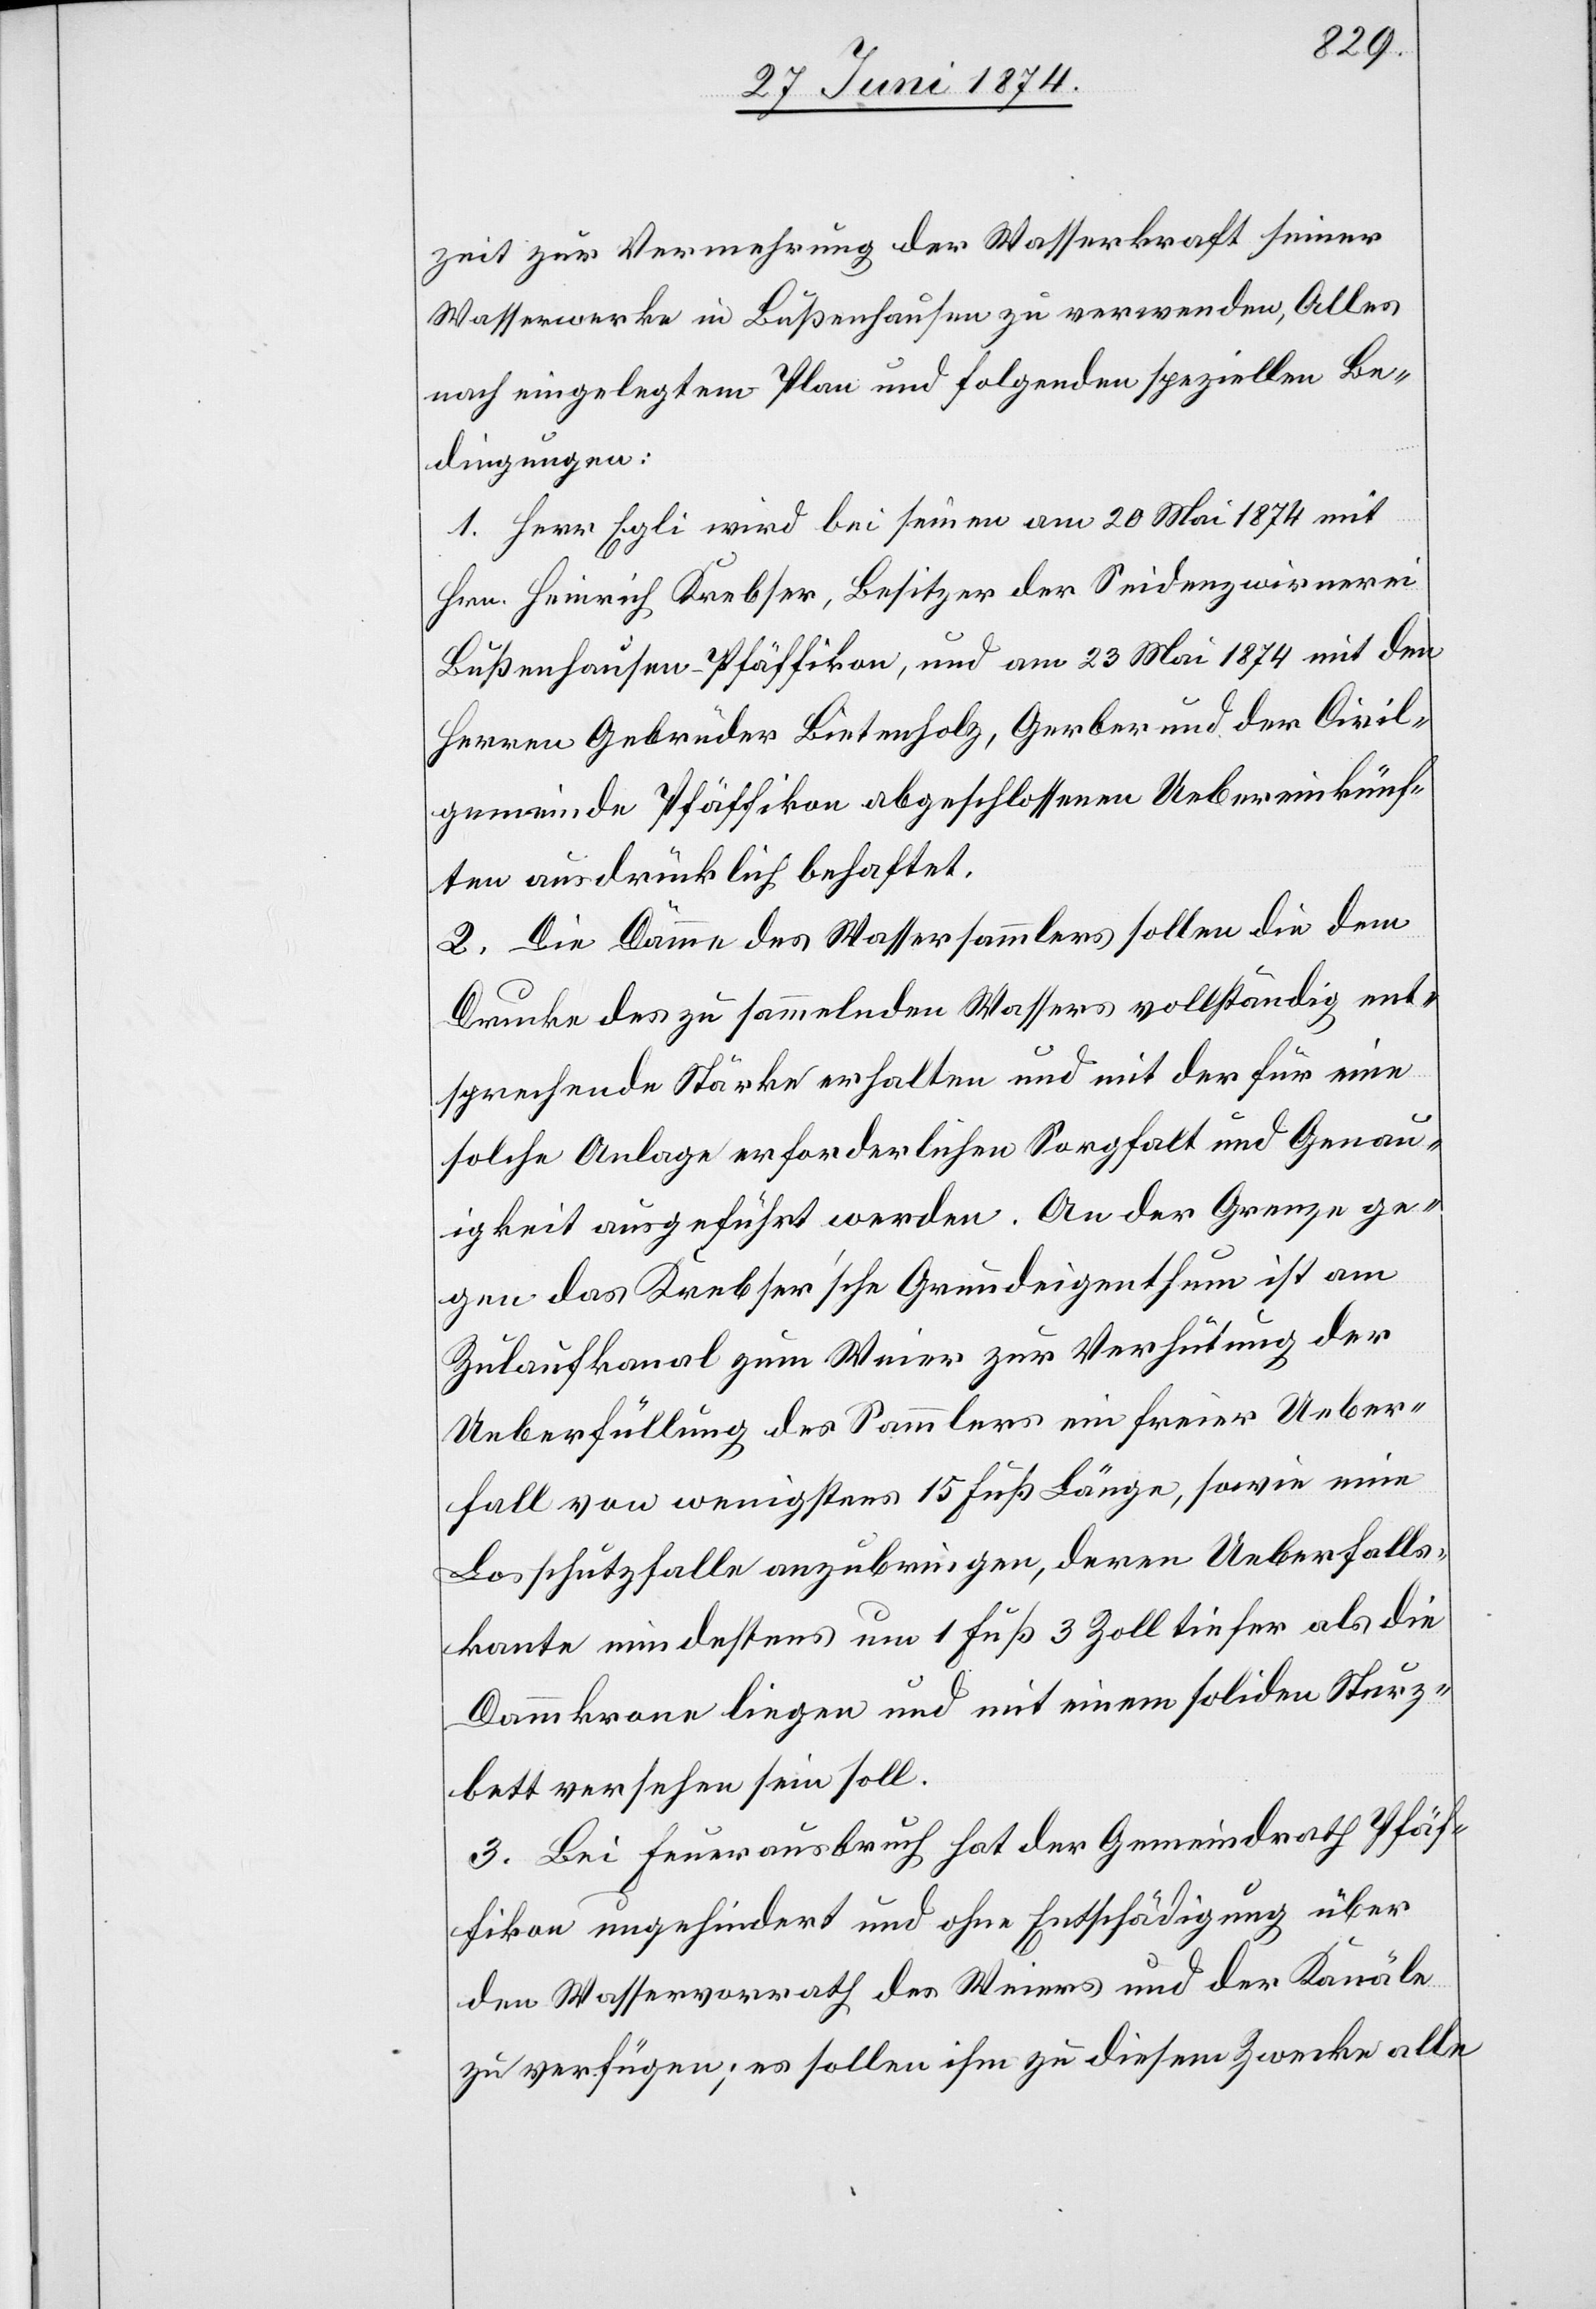
zeit zur Vermehrung der Wasserkraft seiner
Wasserwerke in Bußenhausen zu verwenden, Alles
nach eingelegtem Plan und folgenden speziellen Be¬
dingungen:
1. Herr Egli wird bei seinen am 20. Mai 1874 mit
Hrn. Heinrich Krebser, Besitzer der Seidenzwirnerei
Bußenhausen-Pfäffikon, und am 23. Mai 1874 mit den
Herren Gebrüder Bietenholz, Gerber und der Civil¬
gemeinde Pfäffikon abgeschlossene(n?) Uebereinkünf¬
ten ausdrücklich behaftet.
2. Die Dämme des Wassersammlers sollen die dem
Drucke des zu sammelnden Wassers vollständig ent¬
sprechende Stärke erhalten und mit der für eine
solche Anlage erforderlichen Sorgfalt und Genau¬
igkeit ausgeführt werden. An der Grenze ge¬
gen das Krebser’sche Grundeigenthum ist am
Zulaufkanal zum Weier zur Verhütung der
Ueberfüllung des Sammlers ein freier Ueber¬
fall von wenigstens 15 Fuß Länge, sowie eine
Losschutzfalle anzubringen, deren Ueberfalls¬
kante mindestens um 1 Fuß 3 Zoll tiefer als die
Dammkrone liegen und mit einem soliden Sturz¬
bett versehen sein soll.
3. Bei Feuerausbruch hat der Gemeindrath Pfäf¬
fikon ungehindert und ohne Entschädigung über
den Wasservorrath des Weiers und der Kanäle
zu verfügen; es sollen ihm zu diesem Zwecke alle